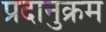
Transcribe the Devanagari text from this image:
प्रदानुक्रम